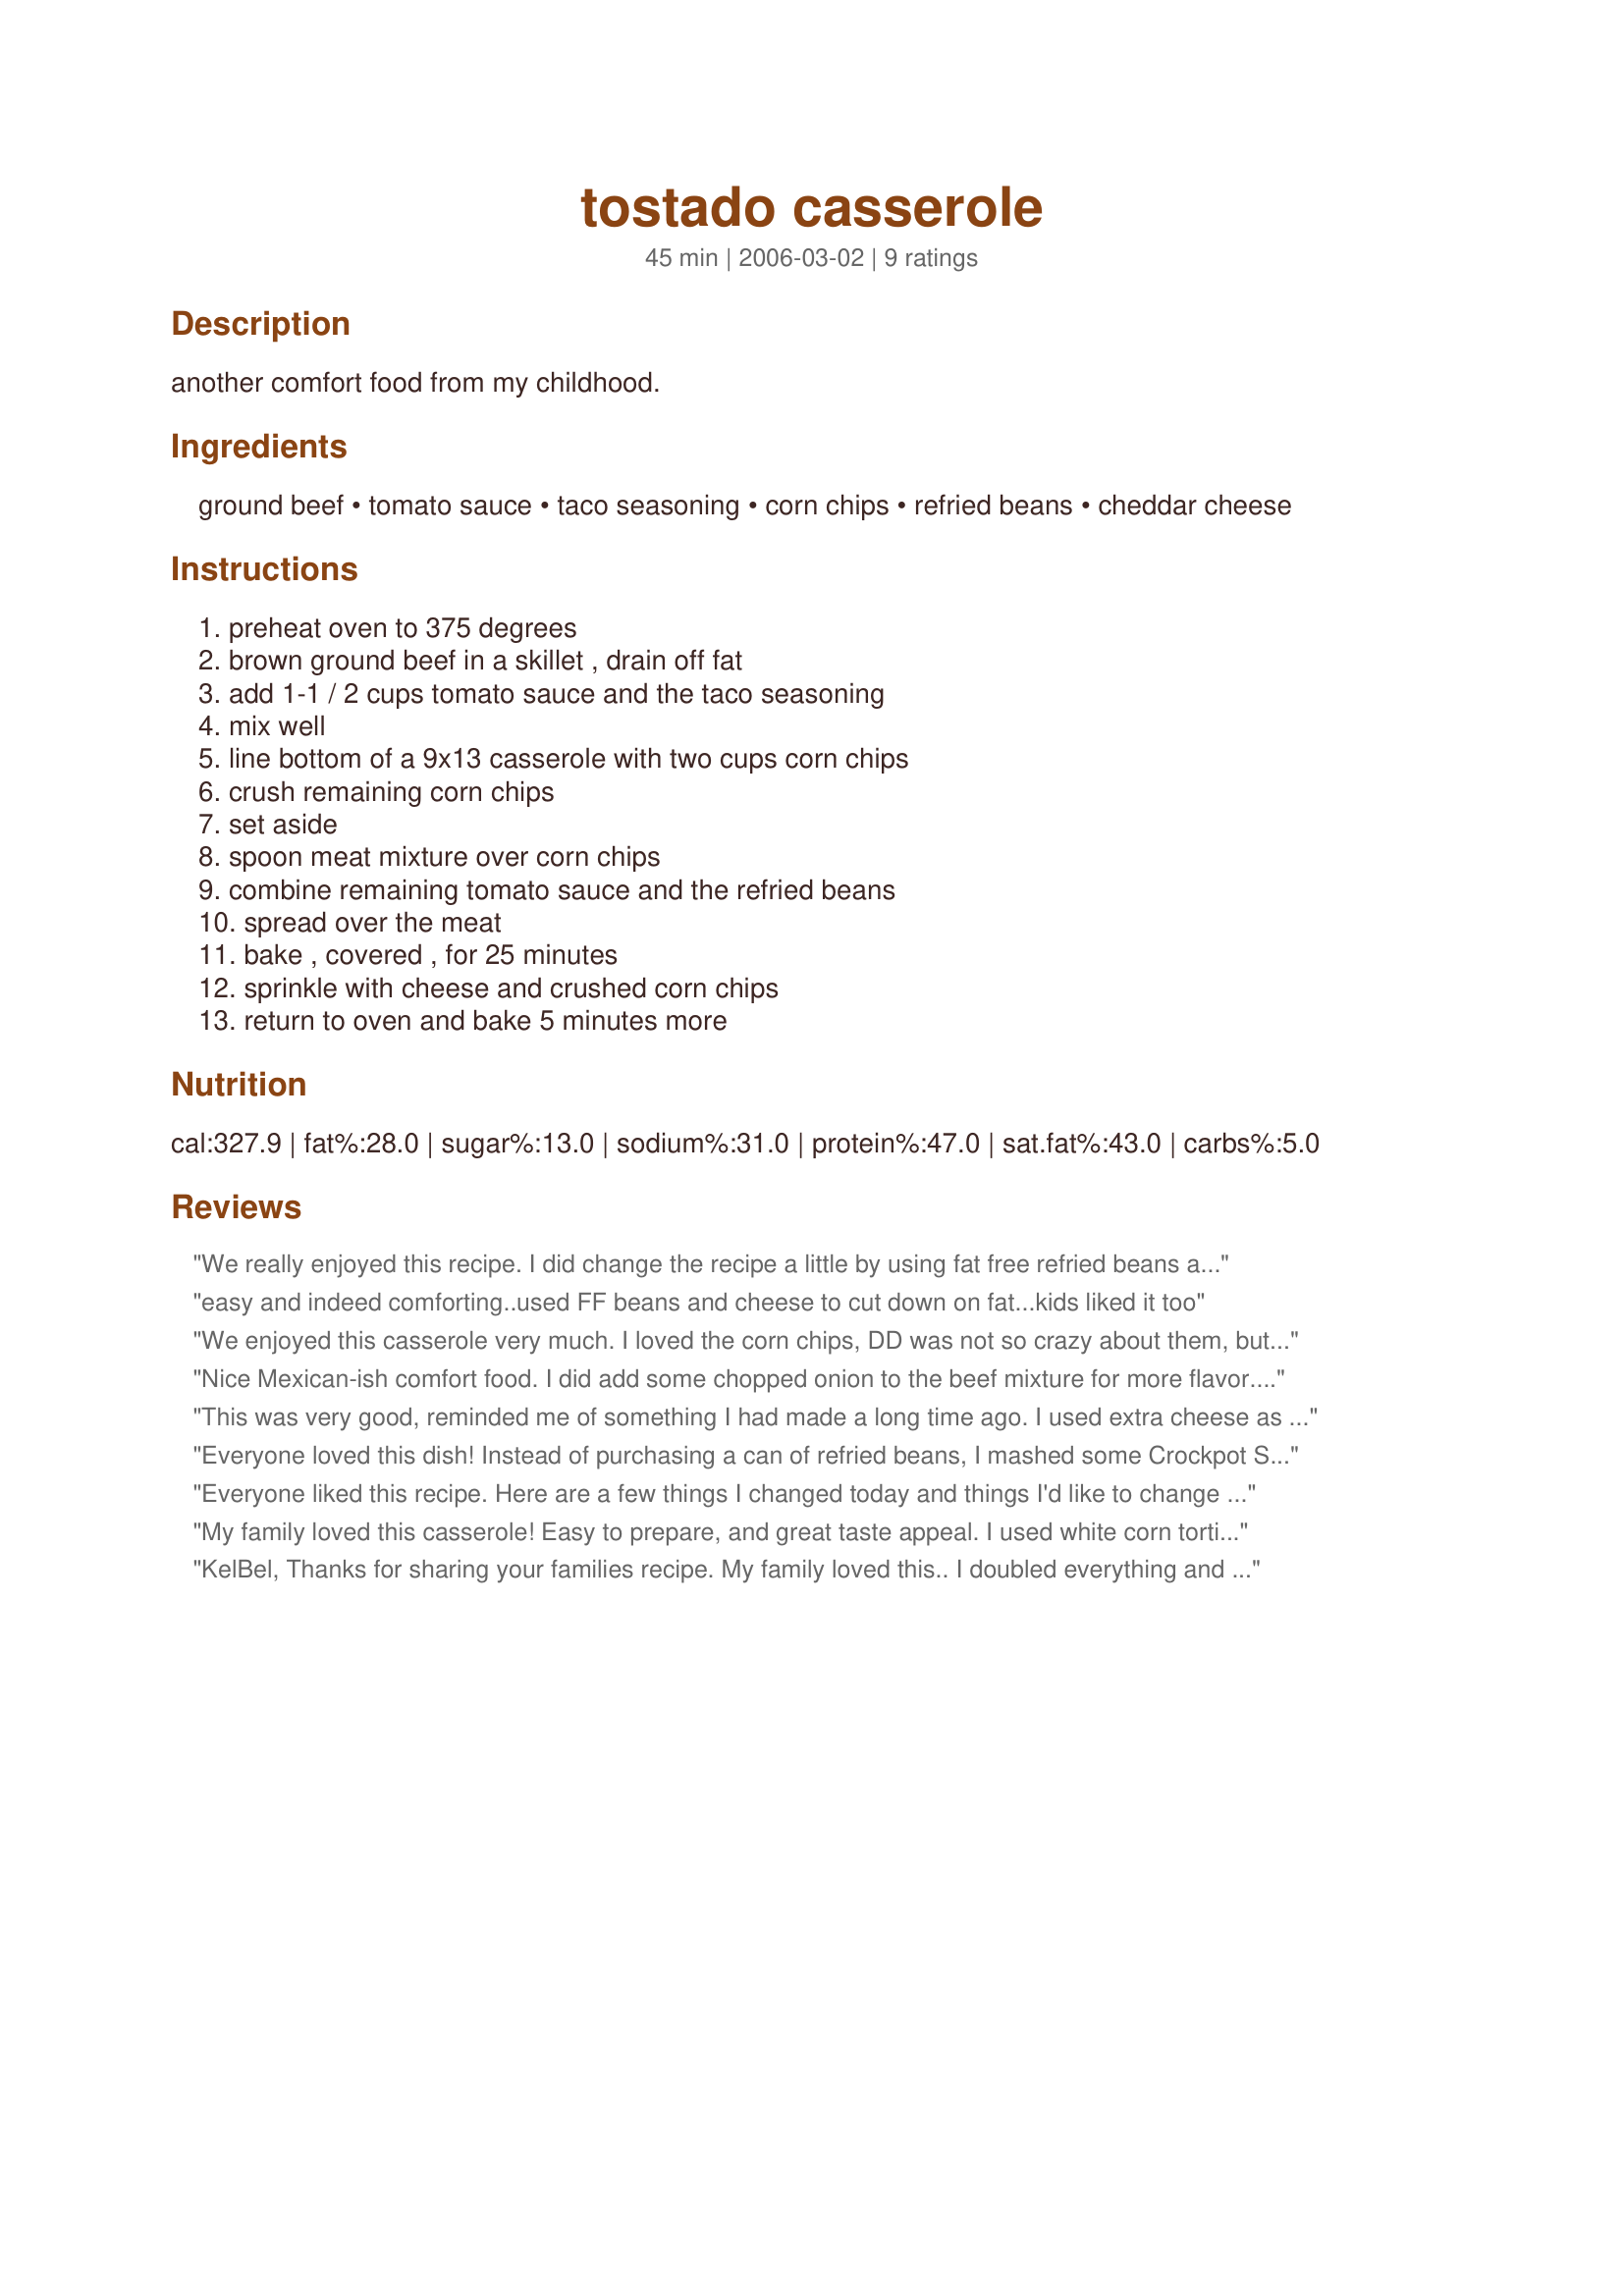
tostado casserole
Preparation time: 45 minutes

another comfort food from my childhood.

Ingredients:
ground beef, tomato sauce, taco seasoning, corn chips, refried beans, cheddar cheese

Steps:
preheat oven to 375 degrees, brown ground beef in a skillet , drain off fat, add 1-1 / 2 cups tomato sauce and the taco seasoning, mix well, line bottom of a 9x13 casserole with two cups corn chips, crush remaining corn chips, set aside, spoon meat mixture over corn chips, combine remaining tomato sauce and the refried beans, spread over the meat, bake , covered , for 25 minutes, sprinkle with cheese and crushed corn chips, return to oven and bake 5 minutes more

Reviews:
We really enjoyed this recipe. I did change the recipe a little by using fat free refried beans and low fat mexican cheese. I also didn't use quite as much corn chips in trying to cut back the calories a litte. Next time I would add onions and my husband would like the corn chips to not be crushed, so we'll give that a try. Very easy and perfect for a quick meal!
easy and indeed comforting..used FF beans and cheese to cut down on fat...kids liked it too
We enjoyed this casserole very much. I loved the corn chips, DD was not so crazy about them, but then, what does she know!!! I did leave them off of the top, because I just wanted the cheese to melt down into the beam mix. Will be making again.
Nice Mexican-ish comfort food. I did add some chopped onion to the beef mixture for more flavor. The bottom was just a bit too soggy for me.... maybe I would put all the chips on the top next time. I think sliced black olives would be great on top of the cheese, too! Thanx for sharing. I'll make this again with my little adjustments.
This was very good, reminded me of something I had made a long time ago. I used extra cheese as well. Thanks for posting we will be having this again!!
Everyone loved this dish! Instead of purchasing a can of refried beans, I mashed some Crockpot Smokey Black Beans Recipe #157590 that I had made and refried those - way better than the canned version and I think they really put this simple, tasty preparation over the top. Used twice as much cheese as called for and we were all happy.
Everyone liked this recipe. Here are a few things I changed today and things I'd like to change the next time I make this. I heated the beans and added about 1/8 cup of water at that time. Glad I did as 25 minutes in the oven made that top layer a bit dry. I'd like to see the addition of 1/2 cup of chopped onions added in with the meat at the time of browning or raw with the bean topping. Last I'd only bake 20 minutes, then turn off oven and add cheese and chips; returning pan to oven for the last 5 minutes. Thank you for another winning recipe! Made for Zaar World Tour 2006
My family loved this casserole! Easy to prepare, and great taste appeal. I used white corn tortilla chips in place of the corn chips, but it worked out wonderfully! Thanks for posting, KelBel... and congrats for winning the Football Pool!
KelBel, Thanks for sharing your families recipe. My family loved this.. I doubled everything and used two bags of mexican cheese and they all told me how good this was. Thank you for another hit and one that families on the go should try.. 5 stars for sure. Thanks again.
